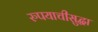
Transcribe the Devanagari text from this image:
रुपयाचीसुद्धा